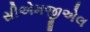
સીએમજીએલ